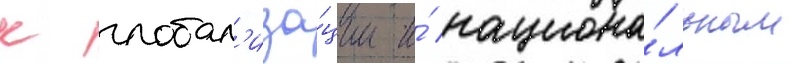
к глобал'иза́ции и́ национа́льным